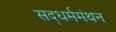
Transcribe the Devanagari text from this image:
सद्‌धर्ममंथन